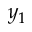
y _ { 1 }